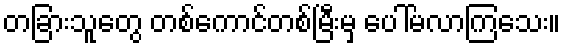
တခြားသူတွေ တစ်ကောင်တစ်မြီးမှ ပေါ်မလာကြသေး။